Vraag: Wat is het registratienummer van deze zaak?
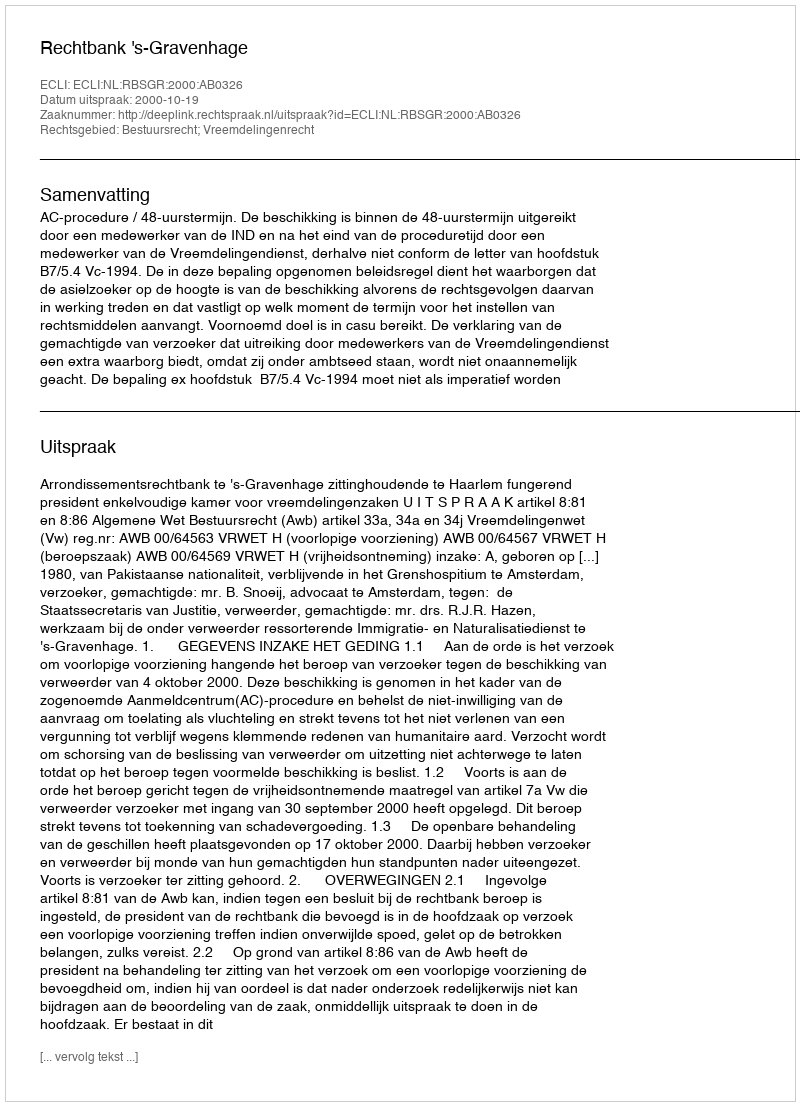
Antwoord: http://deeplink.rechtspraak.nl/uitspraak?id=ECLI:NL:RBSGR:2000:AB0326